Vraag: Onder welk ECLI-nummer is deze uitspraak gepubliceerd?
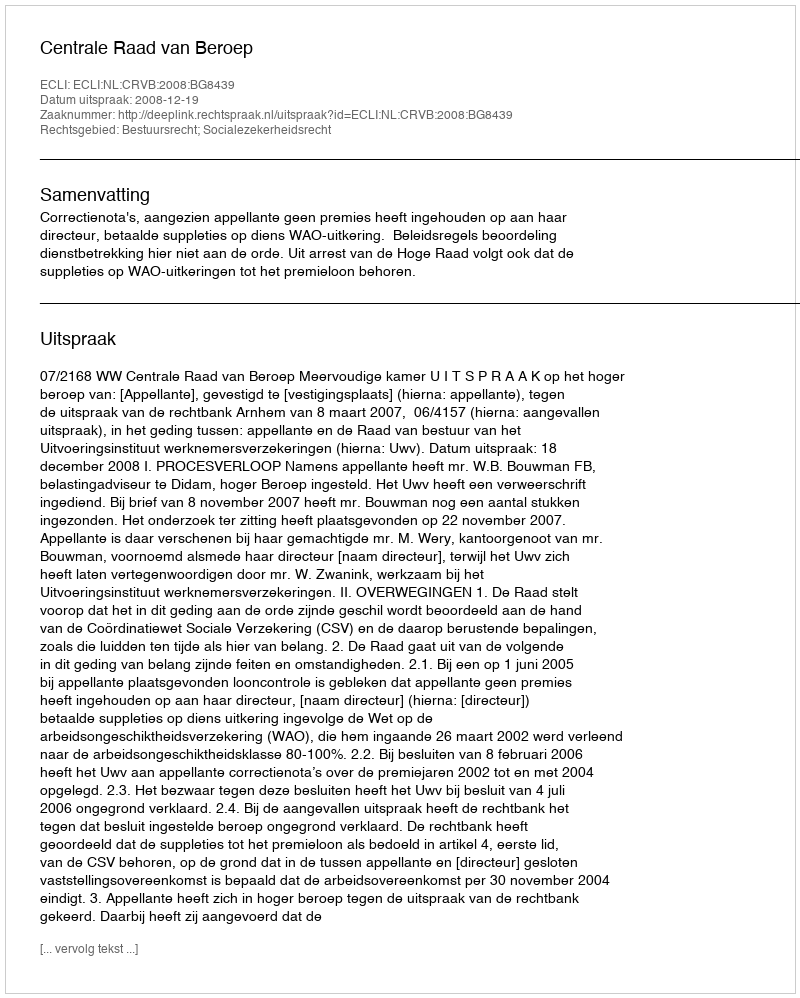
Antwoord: ECLI:NL:CRVB:2008:BG8439